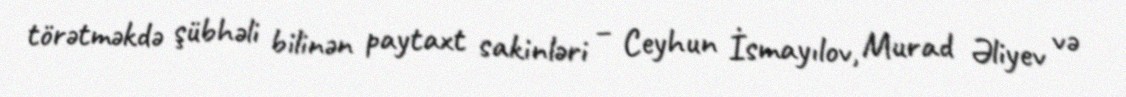
törətməkdə şübhəli bilinən paytaxt sakinləri – Ceyhun İsmayılov, Murad Əliyev və